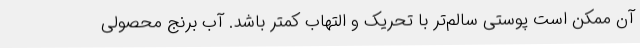
آن ممکن است پوستی سالم‌تر با تحریک و التهاب کمتر باشد. آب برنج محصولی